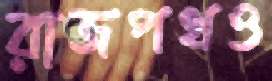
রাজপথও